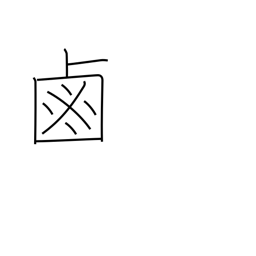
Meaning: salt